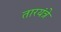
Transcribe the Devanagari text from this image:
तारयंत्रे